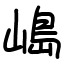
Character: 𡻅